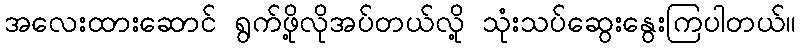
အလေးထားဆောင် ရွက်ဖို့လိုအပ်တယ်လို့ သုံးသပ်ဆွေးနွေးကြပါတယ်။